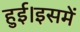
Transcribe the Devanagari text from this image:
हुई।इसमें